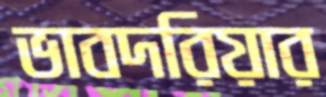
ভাবদরিয়ার